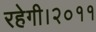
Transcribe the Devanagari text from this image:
रहेगी।२०११